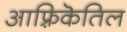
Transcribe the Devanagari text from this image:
आफ़्रिकॆतिल